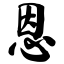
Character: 恩